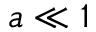
a \ll 1